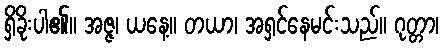
ရှိခိုးပါ၏။ အဇ္ဇ၊ ယနေ့။ တယာ၊ အရှင်နေမင်းသည်။ ဂုတ္တာ၊